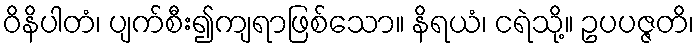
ဝိနိပါတံ၊ ပျက်စီး၍ကျရာဖြစ်သော။ နိရယံ၊ ငရဲသို့။ ဥပပဇ္ဇတိ၊